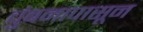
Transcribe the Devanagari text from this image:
चुंबनापासून